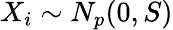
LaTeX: X_{i}\sim N_{p}(0,S)